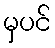
မှပင်